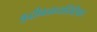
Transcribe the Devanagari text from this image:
बुद्धीबळाव्यतिरिक्त